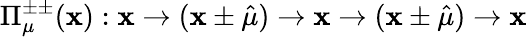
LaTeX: \Pi_{\mu}^{\pm\pm}(\mathbf{x}):\mathbf{x}\rightarrow(\mathbf{x}\pm\hat{{\mu}})\rightarrow\mathbf{x}\rightarrow(\mathbf{x}\pm\hat{{\mu}})\rightarrow\mathbf{x}